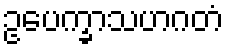
ဥပေက္ခာသဟဂတံ